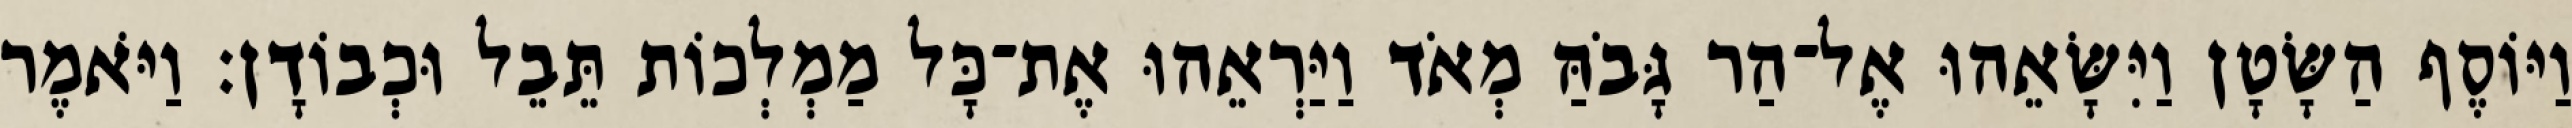
וַיּוֹסֶף הַשָּׂטָן וַיִּשָּׂאֵהוּ אֶל־הַר גָּבֹהַּ מְאֹד וַיַּרְאֵהוּ אֶת־כָּל מַמְלְכוֹת תֵּבֵל וּכְבוֹדָן׃ וַיֹּאמֶר